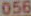
056